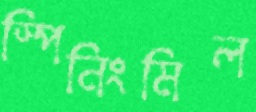
স্পিনিংমিল